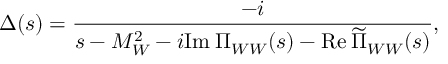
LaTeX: \Delta ( s ) = { \frac { - i } { s - M _ { W } ^ { 2 } - i \mathrm { I m } \: \Pi _ { W W } ( s ) - \mathrm { R e } \: \widetilde \Pi _ { W W } ( s ) } } ,